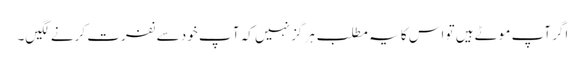
اگر آپ موٹے ہیں تو اس کا یہ مطلب ہر گز نہیں کہ آ پ خود سے نفرت کرنے لگیں۔